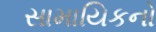
સામાયિકનો